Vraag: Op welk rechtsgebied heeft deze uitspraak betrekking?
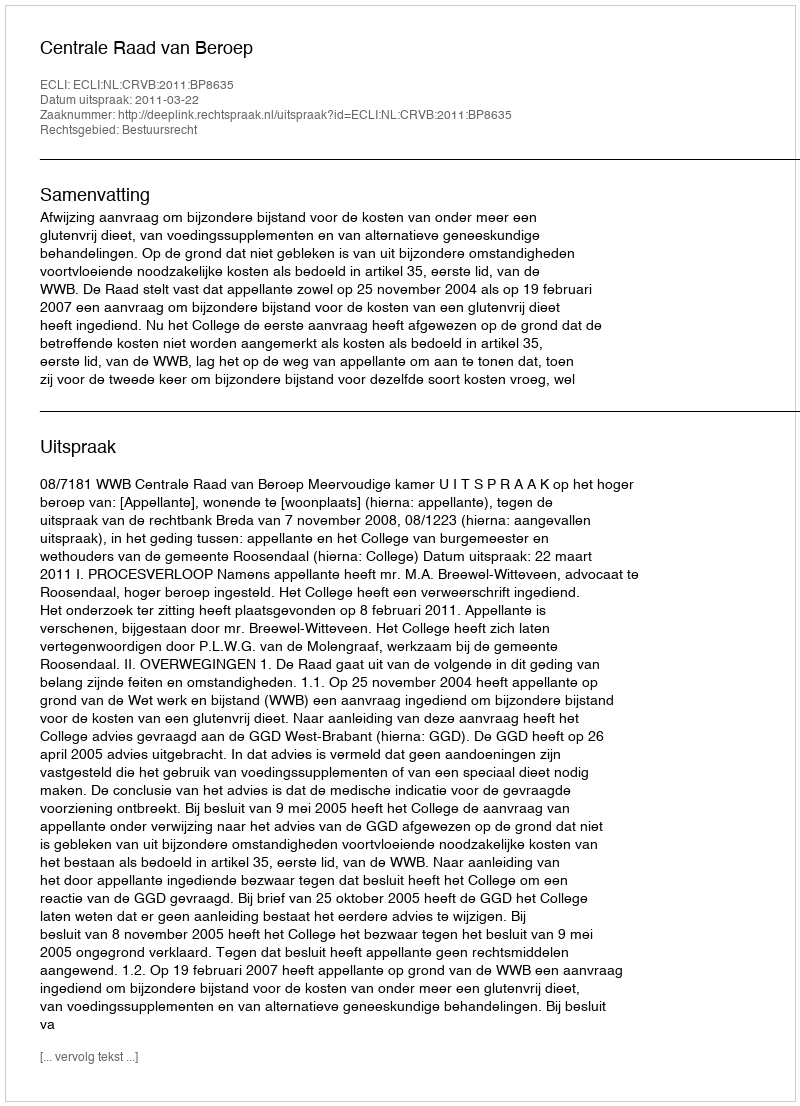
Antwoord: Bestuursrecht